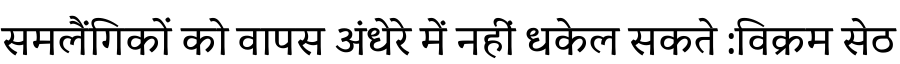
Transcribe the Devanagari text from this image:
समलैंगिकों को वापस अंधेरे में नहीं धकेल सकते :विक्रम सेठ